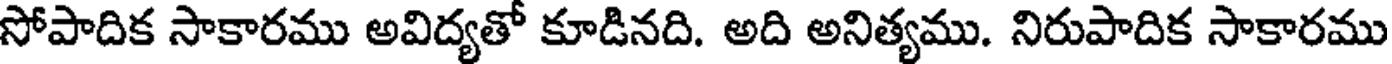
సోపాదిక సాకారము అవిద్యతో కూడినది. అది అనిత్యము. నిరుపాదిక సాకారము